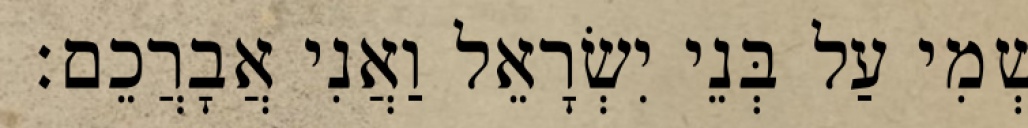
שְׁמִי עַל בְּנֵי יִשְׂרָאֵל וַאֲנִי אֲבָרֲכֵם׃